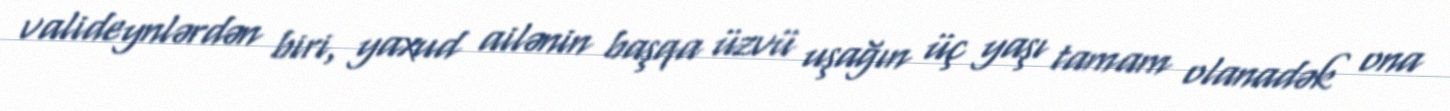
valideynlərdən biri, yaxud ailənin başqa üzvü uşağın üç yaşı tamam olanadək ona